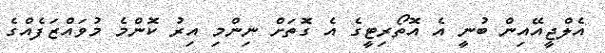
އެލްޖީއޭއިން ބުނީ އެ އޮތޯރިޓީގެ އެ ގޮތަށް ނިންމި އިރު ކޮންމެ މުވައްޒަފެއްގެ